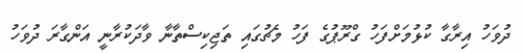
ދުވަހު އިރާގާ ކުޅުމަށްފަހު ގްރޫޕުގެ ފަހު މެޗުގައި ތަޖިކިސްތާނާ ވާދަކުރާނީ އަންގާރަ ދުވަހު